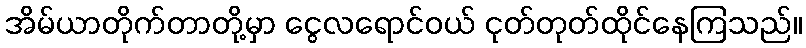
အိမ်ယာတိုက်တာတို့မှာ ငွေလရောင်ဝယ် ငုတ်တုတ်ထိုင်နေကြသည်။